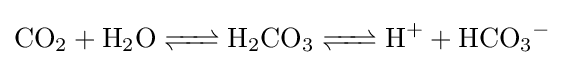
{\ce {CO2 + H2O <=> H2CO3 <=> H+ + HCO3^-}}